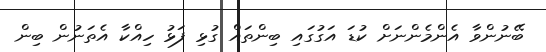
ބޭނުންވާ އެންމެންނަށް ކުޑަ އަގުގައި ބިންތައް ގުޅި ފަޅު ހިއްކާ އެތަނުން ބިން